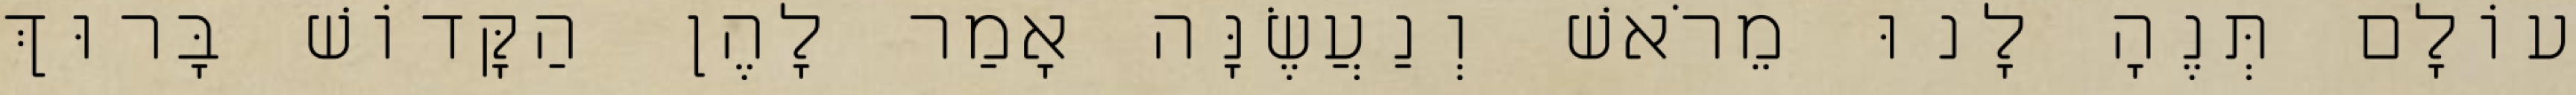
עוֹלָם תְּנֶהָ לָנוּ מֵרֹאשׁ וְנַעֲשֶׂנָּה אָמַר לָהֶן הַקָּדוֹשׁ בָּרוּךְ